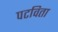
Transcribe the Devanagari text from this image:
पटविता